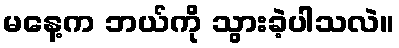
မနေ့က ဘယ်ကို သွားခဲ့ပါသလဲ။